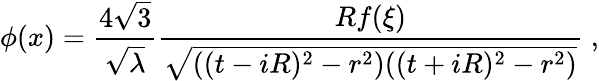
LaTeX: \phi(x)=\frac{4\sqrt{3}}{\sqrt{\lambda}}\frac{Rf(\xi)}{\sqrt{((t-iR)^{2}-r^{2})((t+iR)^{2}-r^{2})}}\; ,